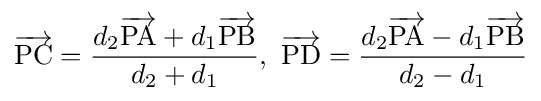
{\overrightarrow {\mathrm {PC} }}={\frac {d_{2}{\overrightarrow {\mathrm {PA} }}+d_{1}{\overrightarrow {\mathrm {PB} }}}{d_{2}+d_{1}}},\ {\overrightarrow {\mathrm {PD} }}={\frac {d_{2}{\overrightarrow {\mathrm {PA} }}-d_{1}{\overrightarrow {\mathrm {PB} }}}{d_{2}-d_{1}}}